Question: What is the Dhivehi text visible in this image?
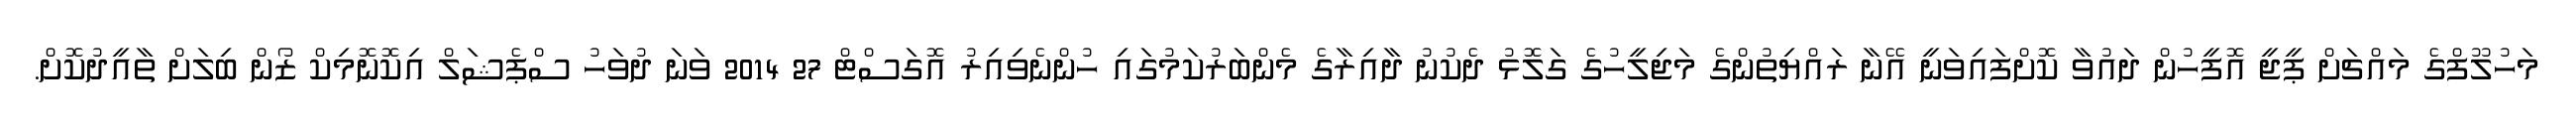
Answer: މަހުލޫފްގެ މައްޗަށް ޕީޖީ އޮފީހުން ދައުވާ ކޮށްފައިވަނީ އޭނާ ރައްޔިތުންގެ މަޖިލީހުގެ ގަލޮޅު ދެކުނު ދާއިރާގެ މެންބަރުކަމުގައި ހުންނެވިއިރު އޮގަސްޓް 27 2014 ވަނަ ދުވަހު ސްޕެޝަލް އިކޮނޮމިކް ޒޯން ބިލަށް ތާއީދުކޮށް.